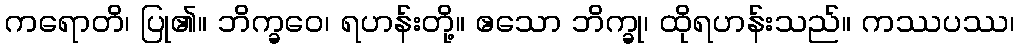
ကရောတိ၊ ပြု၏။ ဘိက္ခဝေ၊ ရဟန်းတို့။ ဧသော ဘိက္ခု၊ ထိုရဟန်းသည်။ ကဿပဿ၊